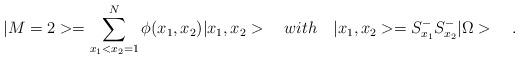
LaTeX: \begin{align*}|M=2>=\sum_{x_{1}<x_{2}=1}^{N}\phi(x_{1},x_{2})|x_{1},x_{2}>\quad with \quad |x_{1},x_{2}>=S_{x_{1}}^{-}S_{x_{2}}^{-}|\Omega>\quad .\end{align*}